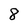
Character: 8